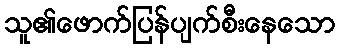
သူ၏ဖောက်ပြန်ပျက်စီးနေသော